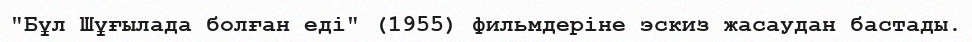
"Бұл Шұғылада болған еді" (1955) фильмдеріне эскиз жасаудан бастады.